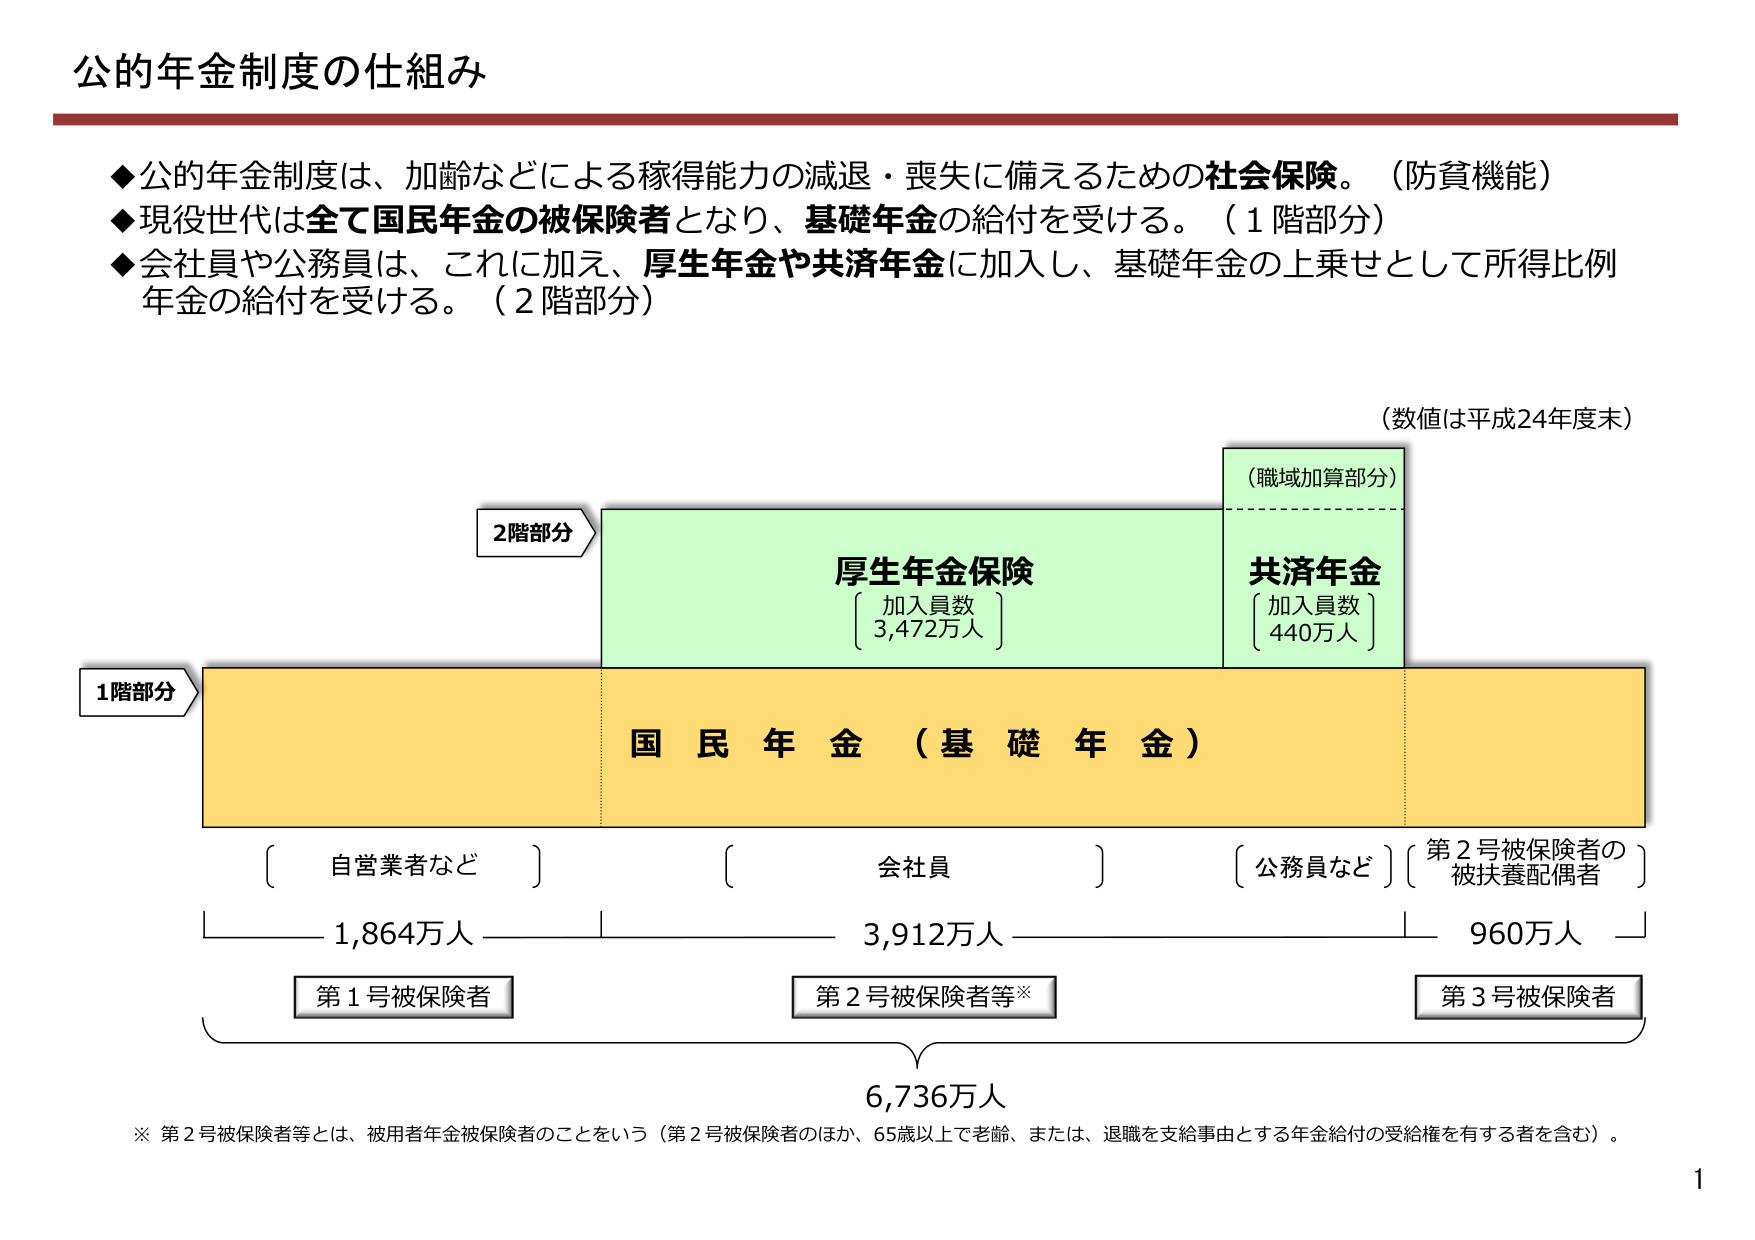
公的年金制度の仕組み

◆公的年金制度は、加齢などによる稼得能力の減退・喪失に備えるための社会保険。（防貧機能）
◆現役世代は全て国民年金の被保険者となり、基礎年金の給付を受ける。（1階部分）
◆会社員や公務員は、これに加え、厚生年金や共済年金に加入し、基礎年金の上乗せとして所得比例年金の給付を受ける。（2階部分）

（数値は平成24年度末）

2階部分
厚生年金保険
〔加入員数〕
3,472万人

共済年金
〔加入員数〕
440万人

（職域加算部分）

1階部分
国 民 年 金 （基 礎 年 金）

〔自営業者など〕
1,864万人
第1号被保険者

〔会社員〕
3,912万人
第2号被保険者等※

〔公務員など〕〔第2号被保険者の被扶養配偶者〕
960万人
第3号被保険者

6,736万人

※ 第2号被保険者等とは、被用者年金被保険者のことをいう（第2号被保険者のほか、65歳以上で老齢、または、退職を支給事由とする年金給付の受給権を有する者を含む）。

1